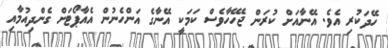
ހޭދަކުރި އެވެ. އޭނާއަށް ކުރަން ޖެހޭހާވެސް ކަމަކީ އޭނާގެ އަންހެނުން އެއާޕޯޓަށް ގެންދިއުމާއި